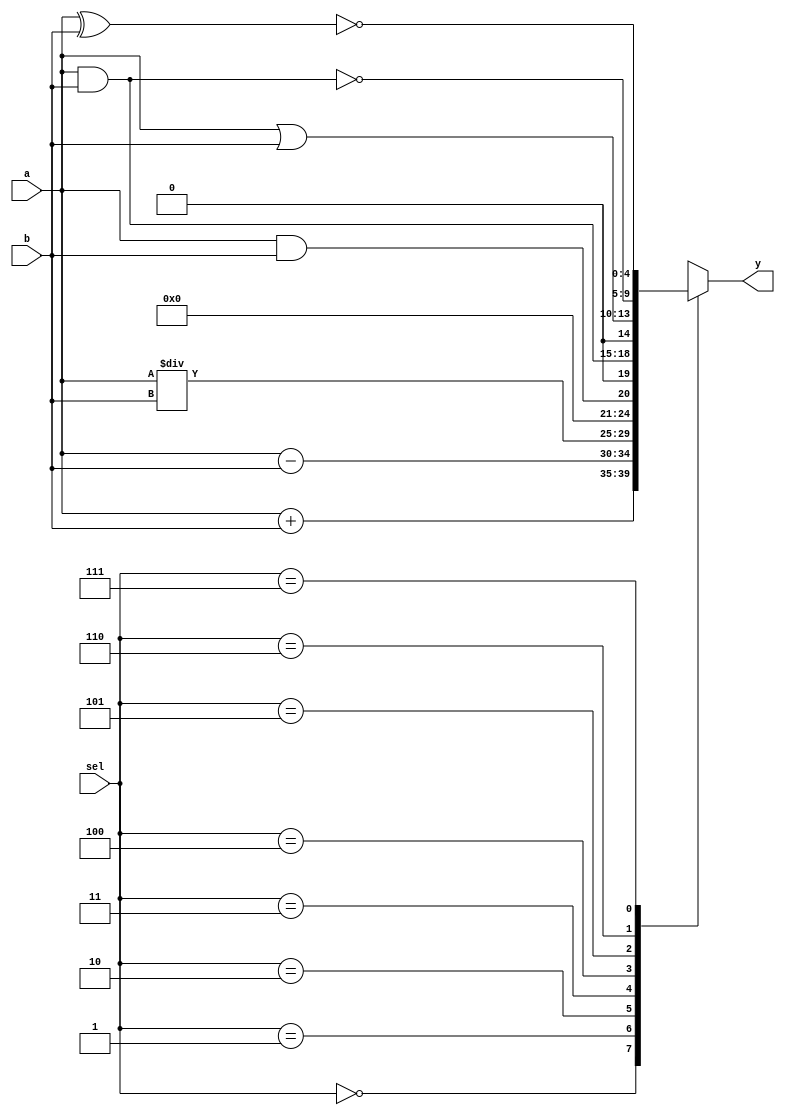
// Code your design here

module operator(input[2:0] sel,
                input[3:0] a,
                input[3:0]b,
                output reg[4:0] y);
  
  always@(*)begin
    
    case(sel)
      
      3'b000: y = (a + b);
      3'b001: y = (a - b);
      3'b010: y = (a / b);
      3'b011: y = (a && b);
      3'b100: y = (a & b);
      3'b101: y = (a | b);
      3'b110: y = ~(a & b);
      3'b111: y = ~(a ^ b);
    endcase
  end
endmodule

// Code your testbench here
// or browse Examples


module operator_tb;
  
  reg [2:0] sel;
  reg[3:0] a;
  reg [3:0]b;
  wire [4:0] y;
  
  operator dut(sel,a,b,y);
  
  initial begin
    
    $monitor("time = %0t | a = %b | b = %b | y = %b",sel,a,b,y);
    
    sel = 0;
    a = 4;
    b = 3; #10;
    
    sel = 1;
    a = 4;
    b = 3; #10;
    
    sel = 2;
    a = 4;
    b = 3; #10;
    
    sel = 3;
    a = 4;
    b = 3; #10;
    
    sel = 4;
    a = 4;
    b = 3; #10;
    
    sel = 5;
    a = 4;
    b = 3; #10;
    
    sel = 6;
    a = 4;
    b = 3; #10;
    
    sel = 7;
    a = 4;
    b = 3; #10;
    #100 $finish;
    
  end
endmodule